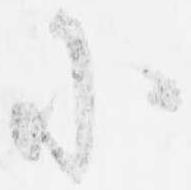
小